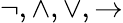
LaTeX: \neg,\land,\lor,\rightarrow